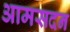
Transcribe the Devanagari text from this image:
आमसदन